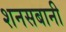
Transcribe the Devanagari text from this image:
शनसबानी